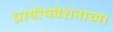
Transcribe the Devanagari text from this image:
प्रायोपवेशनाच्या